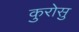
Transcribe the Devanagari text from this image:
कुरोसु